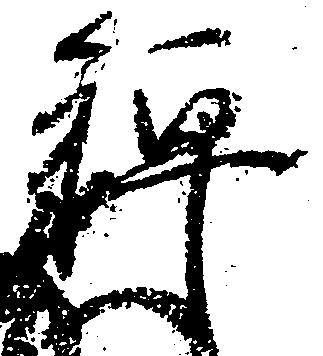
禅